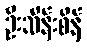
ဦးသိန်းစိန်